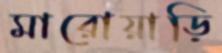
মারোয়াড়ি